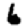
Digit: 6